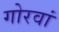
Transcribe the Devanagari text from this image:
गोरवां